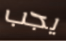
يجب